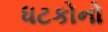
ધટકોનો